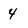
Character: 4